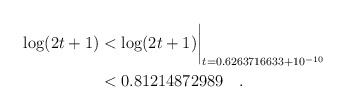
\begin{align*}\log(2t+1) & < \log(2t+1)\biggr\rvert_{t=0.6263716633 + 10^{-10}} \\& < 0.81214872989 \quad. \end{align*}